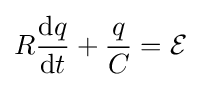
R{\mathrm {d} q \over \mathrm {d} t}+{q \over C}={\mathcal {E}}\,\!